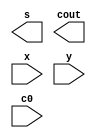
module RCA(s, cout, x, y, c0);
input  [3:0] x, y;
output [3:0] s;
input  c0;
output cout;
wire c1, c2, c3;

/*
    write your code here
*/

endmodule